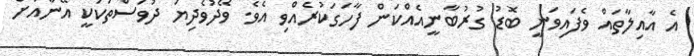
އެ އާއިލާތައް ވެފައިވަނީ ބޮޑު ގުރުބާނީއެއްކަން ފާހަގަކުރެއްވި އެވެ. ވޭދުވެދިޔަ ދުވަސްތަކަކީ އޭނާއަށް